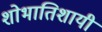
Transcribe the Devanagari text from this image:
शोभातिशायी